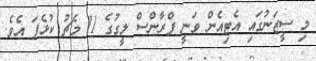
މި ސީޒަނުގައި އެޓިއެން ވަނީ ފްރާންސް ލީގުގެ 11 މެޗު ކުޅެފަ އެވެ.